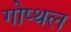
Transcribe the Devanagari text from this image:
गोप्थल